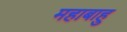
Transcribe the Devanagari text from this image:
महाबाहु